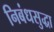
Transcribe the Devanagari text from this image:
निबंधसुद्धा